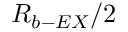
R _ { b - E X } / 2